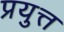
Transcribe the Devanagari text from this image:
प्रयुत्त